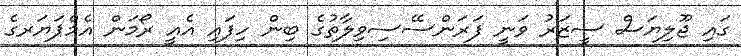
ގައި ޖޫލިޔަސް ސީޒަރު ވަނީ ފަރަންސޭސިވިލާތުގެ ބިން ހިފައި އެއީ ރޯމަން އެމްޕަޔަރގެ